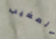
المغيب